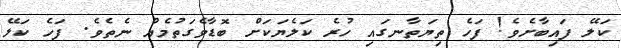
ކަލޭ ފައިބާށެވެ! ފަހެ ތިޔަތާނގައި ހުރެ ކަލެޔަކަށް ބޮޑާވެގަތުމެއް ނެތެވެ. ފަހެ ކަލޭ